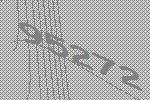
95272